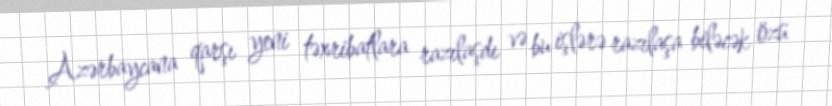
Azərbaycana qarşı yeni təxribatlara razılaşdı və bu işlərə razılaşa biləcək özü